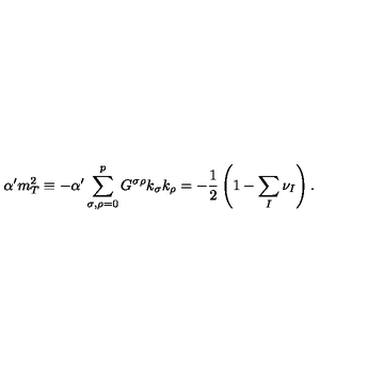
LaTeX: \alpha ^ { \prime } m _ { T } ^ { 2 } \equiv - \alpha ^ { \prime } \sum _ { \sigma , \rho = 0 } ^ { p } G ^ { \sigma \rho } k _ { \sigma } k _ { \rho } = - \frac { 1 } { 2 } \left( 1 - \sum _ { I } \nu _ { I } \right) .